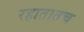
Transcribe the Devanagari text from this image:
रहातातच